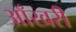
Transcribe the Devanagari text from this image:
आँखरी